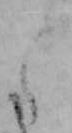
え